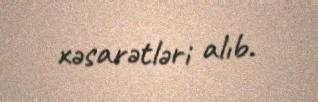
xəsarətləri alıb.